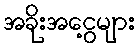
အခိုးအငွေ့များ